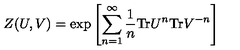
Z ( U , V ) = { \mathrm { e x p } } \left[ \sum _ { n = 1 } ^ { \infty } \frac { 1 } { n } { \mathrm { T r } } U ^ { n } { \mathrm { T r } } V ^ { - n } \right]